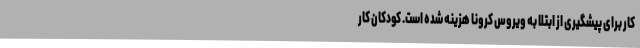
کار برای پیشگیری از ابتلا به ویروس کرونا هزینه شده ‌است. کودکان کار